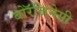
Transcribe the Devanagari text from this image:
बोरॅजिनेसी